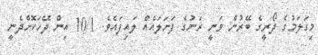
މިގަލަމުގެ ދޯރީގެ ބޭރުން ވަނީ ރަނުގެ ފަށަލައެއް ލައިފައެވެ. 10/1 އިން ދޭހަކޮށްދެނީ